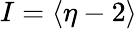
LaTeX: I=\langle\eta-2\rangle